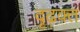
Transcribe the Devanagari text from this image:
दृढ़क्त